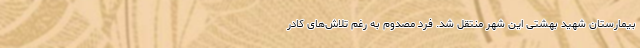
بیمارستان شهید بهشتی این شهر منتقل شد. فرد مصدوم به رغم تلاش‌های کادر